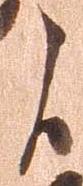
候